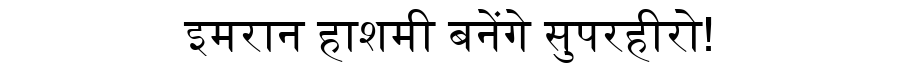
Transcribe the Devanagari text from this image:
इमरान हाशमी बनेंगे सुपरहीरो!